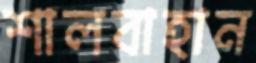
শালবাহান